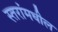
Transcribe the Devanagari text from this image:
स्तरांमधील